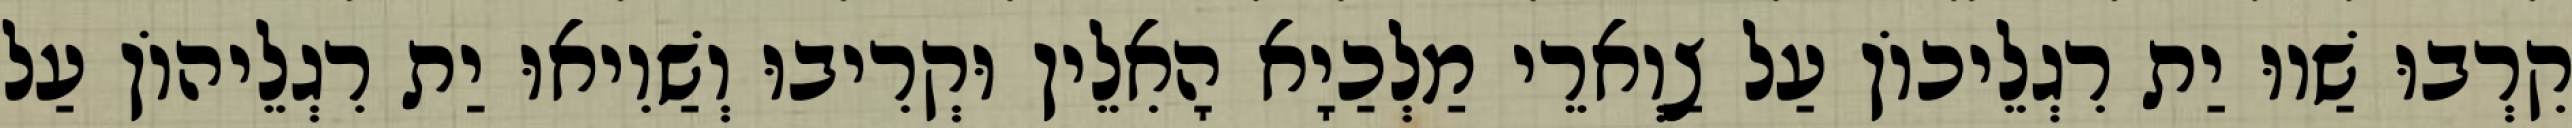
קִרְבוּ שַׁווּ יַת רִגְלֵיכוֹן עַל צַוְארֵי מַלְכַיָא הָאִלֵין וּקְרִיבוּ וְשַׁוִיאוּ יַת רִגְלֵיהוֹן עַל